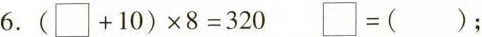
6.$$( \Box + 1 0 ) \times 8 = 3 2 0$$ $$\Box = ( )$$；